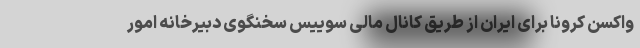
واکسن کرونا برای ایران از طریق کانال مالی سوییس سخنگوی دبیرخانه امور